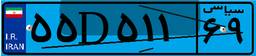
۲۳D۰۵۷۹۸